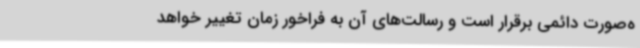
ه‌صورت دائمی برقرار است و رسالت‌های آن به فراخور زمان تغییر خواهد